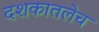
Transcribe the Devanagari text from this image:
दशकातलेच